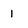
Character: 1